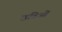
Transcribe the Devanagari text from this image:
छविओं